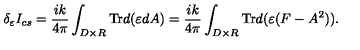
\delta _ { \varepsilon } I _ { c s } = \frac { i k } { 4 \pi } \int _ { D \times R } \mathrm { T r } d ( \varepsilon d A ) = \frac { i k } { 4 \pi } \int _ { D \times R } \mathrm { T r } d ( \varepsilon ( F - A ^ { 2 } ) ) .